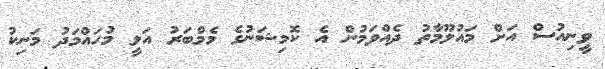
ވީނިއުސް އަށް މައުލޫމާތު ދެއްވަމުން އެ ކޮމިޝަނުގެ މެމްބަރު އަލީ މުހައްމަދު މަނިކު